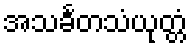
အသင်္ခတသံယုတ္တံ